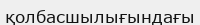
қолбасшылығындағы